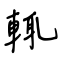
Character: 輒